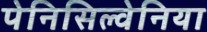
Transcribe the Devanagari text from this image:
पेनिसिल्‍वेनिया